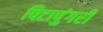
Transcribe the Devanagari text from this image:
पिटापुंगरी